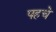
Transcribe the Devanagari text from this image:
पहचे